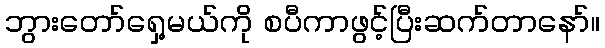
ဘွားတော်ရှေ့မယ်ကို စပီကာဖွင့်ပြီးဆက်တာနော်။